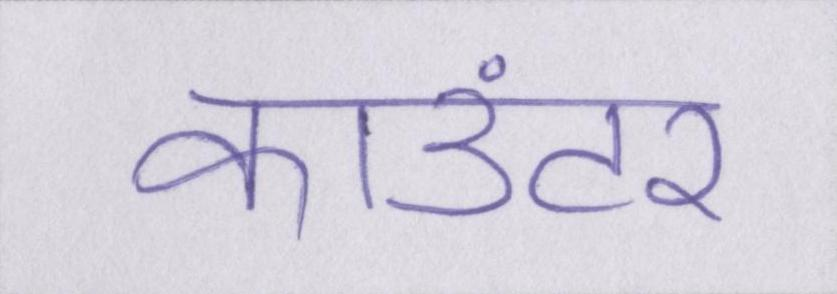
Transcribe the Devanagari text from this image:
काउंटर